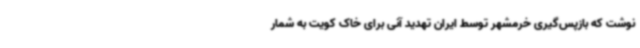
نوشت که بازپس‌گیری خرمشهر توسط ایران تهدید آنی برای خاک کویت به شمار